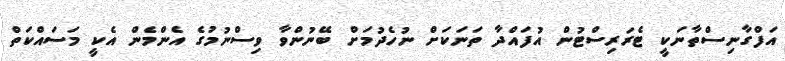
އަފްގާނިސްތާނަކީ ޓެރަރިސްޓުން އުފައްދާ ތަނަކަށް ނުހެދުމަށް ބޭނުންވާ ވިސްނުމުގެ އެންމެން އެކީ މަސައްކަތް